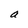
Character: a